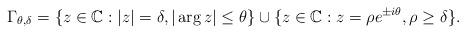
LaTeX: \begin{align*} \Gamma_{\theta,\delta}=\left\{z\in \mathbb{C}: |z|=\delta, |\arg z|\le \theta\right\}\cup \{z\in \mathbb{C}: z=\rho e^{\pm i\theta}, \rho\ge \delta\}.\end{align*}